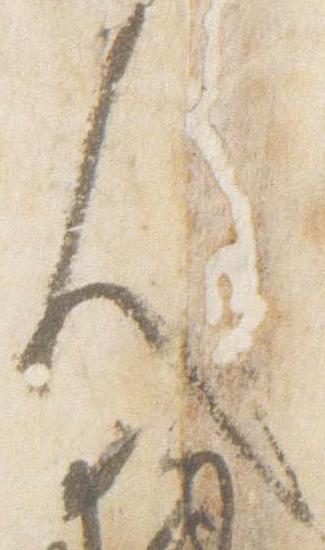
人